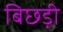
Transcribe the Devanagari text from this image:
बिछड़ी